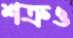
শত্রুও